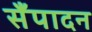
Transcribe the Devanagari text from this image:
सँपादन